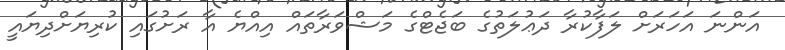
އަންނަ އަހަރަށް ލަފާކުރާ ދަޢުލަތުގެ ބަޖެޓްގެ މަޝްވަރާތައް އިއްޔެ އާ ރަށުގައި ކުރިޔަށްދިޔައީ